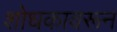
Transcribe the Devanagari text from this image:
शोधकावरून